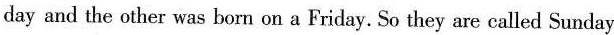
day and the other was born on a Friday. So they are called Sunday